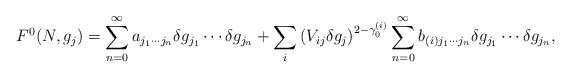
\begin{align*}F^0(N,g_j) =\sum^{\infty}_{n=0} a_{j_1 \cdots j_n} \delta g_{j_1} \cdots \delta g_{j_n} + \sum_i \left( V_{ij} \delta g_j \right)^{2-\gamma_0^{(i)}}\sum^{\infty}_{n=0} b_{(i) j_1 \cdots j_n} \delta g_{j_1} \cdots \delta g_{j_n},\end{align*}